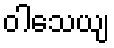
ဝါသေယျ